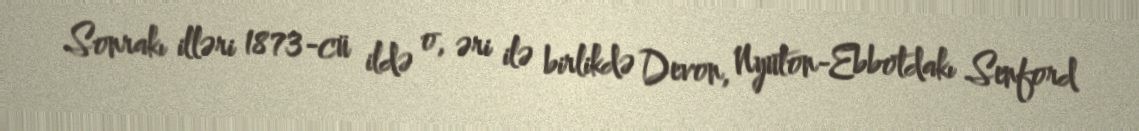
Sonrakı illəri 1873-cü ildə o, əri ilə birlikdə Devon, Nyuton-Ebbotdakı Senford